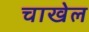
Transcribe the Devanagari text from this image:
चाखेल